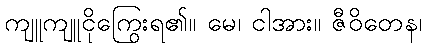
ကျူကျူငိုကြွေးရ၏။ မေ၊ ငါအား။ ဇီဝိတေန၊